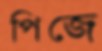
পিজে